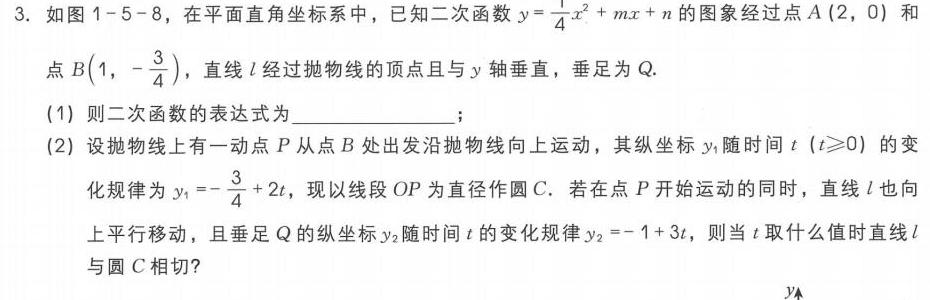
3. 如图 1 - 5 - 8，在平面直角坐标系中，已知二次函数 \(y = \frac{1}{4}x^{2}+mx + n\) 的图象经过点 \(A(2,0)\) 和点 \(B(1,-\frac{3}{4})\)，直线 \(l\) 经过抛物线的顶点且与 \(y\) 轴垂直，垂足为 \(Q\).
(1) 则二次函数的表达式为  ；
(2) 设抛物线上有一动点 \(P\) 从点 \(B\) 处出发沿抛物线向上运动，其纵坐标 \(y_{1}\) 随时间 \(t\ (t\geqslant0)\) 的变化规律为 \(y_{1}=-\frac{3}{4}+2t\)，现以线段 \(OP\) 为直径作圆 \(C\). 若在点 \(P\) 开始运动的同时，直线 \(l\) 也向上平行移动，且垂足 \(Q\) 的纵坐标 \(y_{2}\) 随时间 \(t\) 的变化规律 \(y_{2}=-1 + 3t\)，则当 \(t\) 取什么值时直线 \(l\) 与圆 \(C\) 相切？